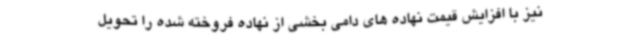
نیز با افزایش قیمت نهاده های دامی بخشی از نهاده فروخته شده را تحویل